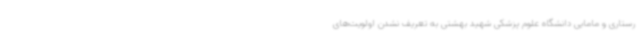
رستاری و مامایی دانشگاه علوم پزشکی شهید بهشتی به تعریف نشدن اولویت‌های